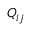
Q _ { i j }